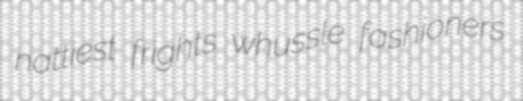
nattiest frights whussle fashioners